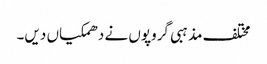
مختلف مذہبی گروپوں نے دھمکیاں دیں۔